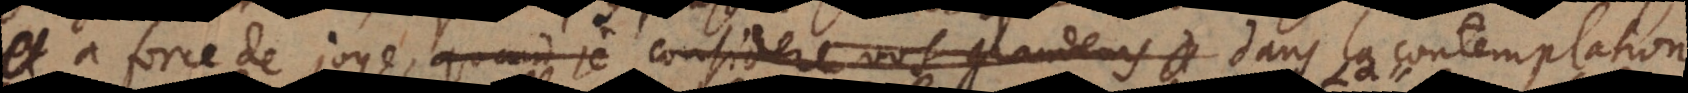
à force de joye, quand je considere vos grandeurs dans la contemplation